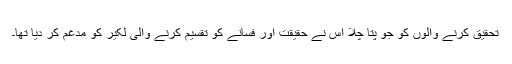
تحقیق کرنے والوں کو جو پتا چلا اس نے حقیقت اور فسانے کو تقسیم کرنے والی لکیر کو مدغم کر دیا تھا۔